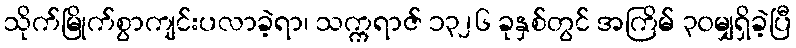
သိုက်မြိုက်စွာကျင်းပလာခဲ့ရာ၊ သက္ကရာဇ် ၁၃၂၆ ခုနှစ်တွင် အကြိမ် ၃၀မျှရှိခဲ့ပြီ